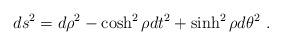
LaTeX: \begin{align*}ds^2 = d\rho^2 - \cosh^2 \rho dt^2 + \sinh^2 \rho d\theta^2 ~.\end{align*}